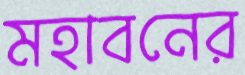
মহাবনের